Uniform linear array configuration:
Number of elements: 12
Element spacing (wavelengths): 1
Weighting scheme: exponential
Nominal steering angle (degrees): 45
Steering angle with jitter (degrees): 43.765
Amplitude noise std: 0.05
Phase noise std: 0.05

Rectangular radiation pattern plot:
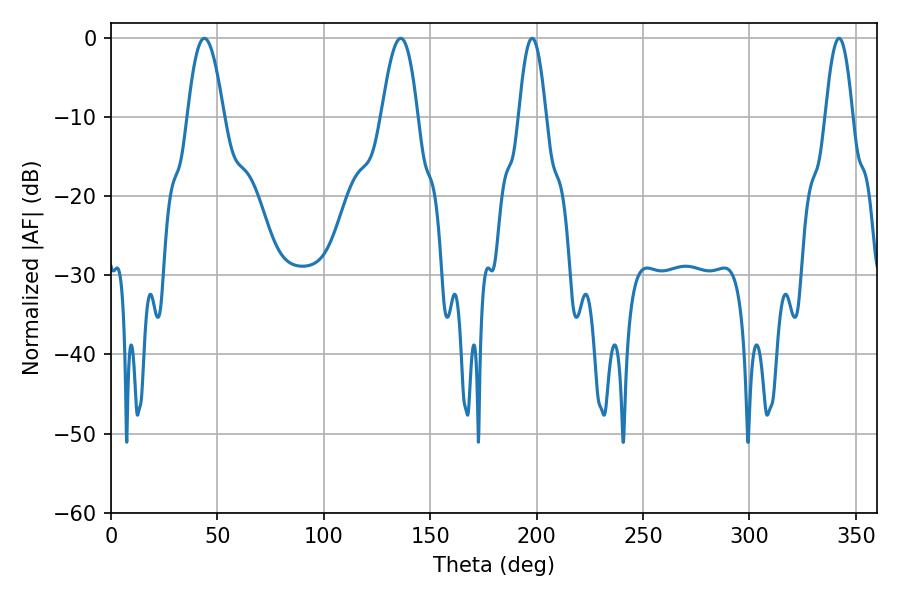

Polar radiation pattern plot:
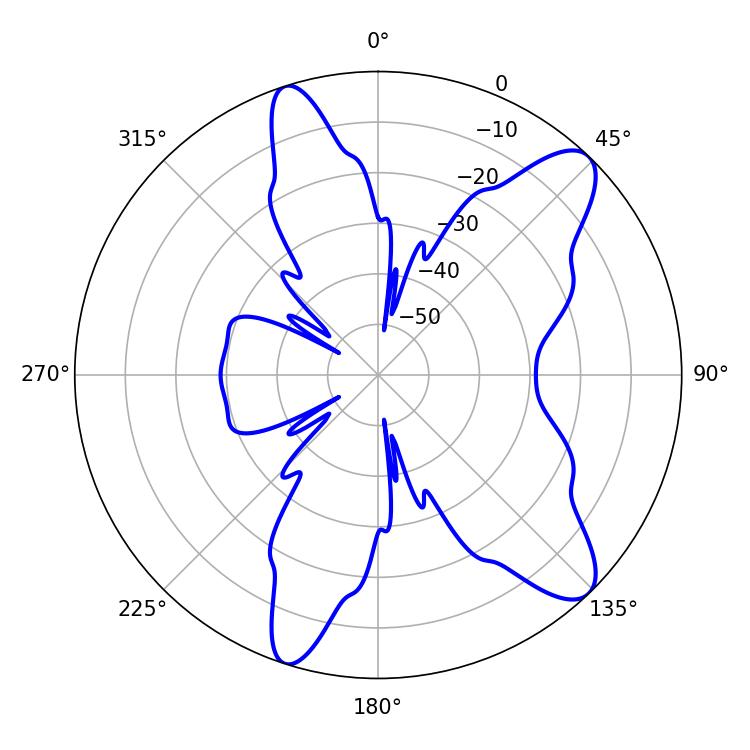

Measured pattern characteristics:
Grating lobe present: TRUE
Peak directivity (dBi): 10.595
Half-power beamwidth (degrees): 9.18
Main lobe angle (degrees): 43.92